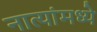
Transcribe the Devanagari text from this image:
नात्यांमध्ये